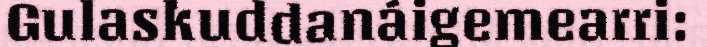
Gulaskuddanáigemearri: